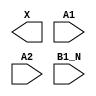
module sky130_fd_sc_hs__a21bo (
    X   ,
    A1  ,
    A2  ,
    B1_N
);

    output X   ;
    input  A1  ;
    input  A2  ;
    input  B1_N;

    // Voltage supply signals
    supply1 VPWR;
    supply0 VGND;

endmodule